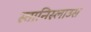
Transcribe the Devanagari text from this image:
स्तानिस्लाउस